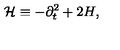
{ \mathcal H } \equiv - \partial _ { t } ^ { 2 } + 2 H ,